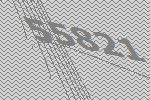
55821